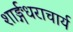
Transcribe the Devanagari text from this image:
शार्ङ्गधराचार्य